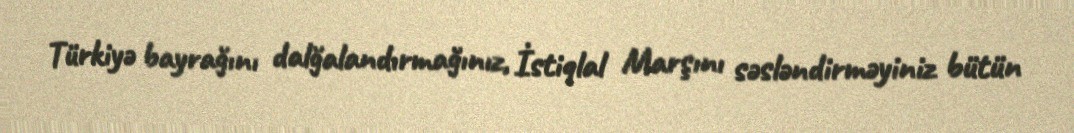
Türkiyə bayrağını dalğalandırmağınız, İstiqlal Marşını səsləndirməyiniz bütün